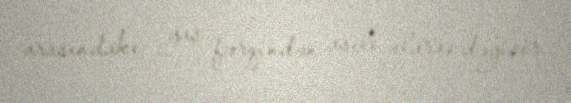
arasındakı yaş fərqindən asılı olaraq dəyişir.